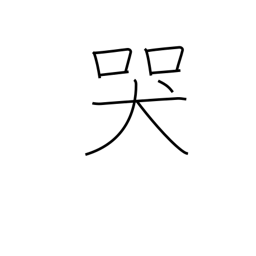
Meaning: moan